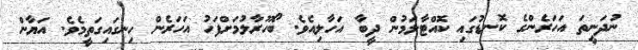
ނުދަނީތަ އަހަރެންގެ ކޮނޑުގައި ކޮއްޓާލަމުން ދީބާ އަހާލިއެވެ. ބޯހޫރާލުމަށްފަހު އަހަރެން ހިނގައިގަތީމެވެ. އަޔާން